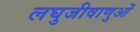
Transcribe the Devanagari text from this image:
लघुजीवाणुओं